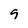
Character: 9